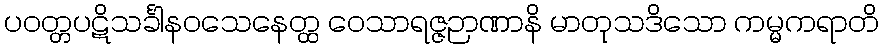
ပဝတ္တပဋိသင်္ခါနဝသေနေတ္ထ ဝေသာရဇ္ဇဉာဏာနိ မာတုသဒိသော ကမ္မကရာတိ